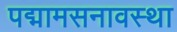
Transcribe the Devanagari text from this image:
पद्मामसनावस्था